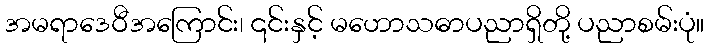
အမရာဒေဝီအကြောင်း၊ ၎င်းနှင့် မဟောသဓာပညာရှိတို့ ပညာစမ်းပုံ။